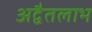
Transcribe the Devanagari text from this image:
अद्वैतलाभ